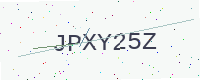
Text: JPXY25Z